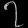
Digit: ၇